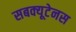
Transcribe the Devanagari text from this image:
सबक्यूटेनस